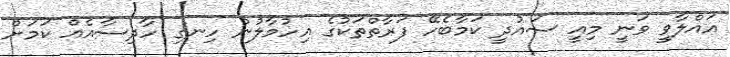
އައްލާވީ ވަނީ މިއީ ސައުދީ ކަމާބެހޭ ފަރާތްތަކުގެ އިހުމާލުން ހިނގި ހާދިސާއެއް ކަމަށް